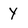
Character: y